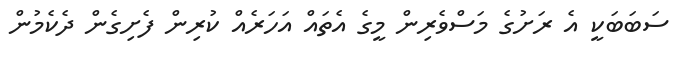
ސަބަބަކީ އެ ރަށުގެ މަސްވެރިން މީގެ އެތައް އަހަރެއް ކުރިން ފެށިގެން ދެކެމުން